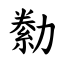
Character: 勬